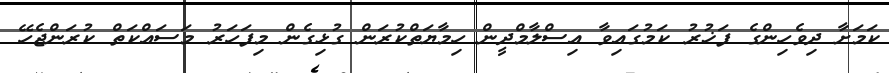
ކަމަށާ ދިވެހިންގެ ފަޚުރު ކަމުގައިވާ އިސްލާމްދީން ހިމާޔަތްކުރަން ގުޅިގެން މިފަހަރު މަސައްކަތް ކުރަންޖެހޭ